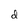
Character: d